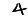
Digit: 4